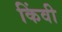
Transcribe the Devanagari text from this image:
किंवी